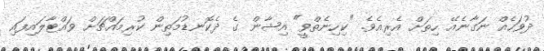
ދުވަހެއް ނަގާނެއޭ ހިތަށް އެރިއެވެ. "ކިހިނެތްވީ" އިޝާން ގެ ދެކޮނޑުމަތިން ކުރިމައްޗަށް ވައްޓާލައިފައި